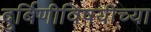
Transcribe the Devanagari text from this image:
दुर्बिणीविषयीच्या